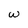
Character: w